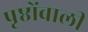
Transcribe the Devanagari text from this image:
पृष्ठोंवाली